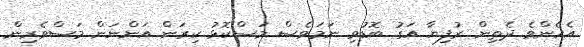
އެހެންވެ ދެތިން ރުފިޔާ އަގު ބޮޑުވި ނަމަވެސް މަސްކޮޅު ކިރަން އަންނަން މަސްވެރިން